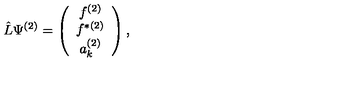
\hat { L } \Psi ^ { ( 2 ) } = \left( \begin{array} { c } { f ^ { ( 2 ) } } \\ { f ^ { \ast ( 2 ) } } \\ { a _ { k } ^ { ( 2 ) } } \\ \end{array} \right) ,